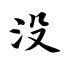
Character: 没